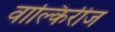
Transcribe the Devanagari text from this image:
वाल्किरीज